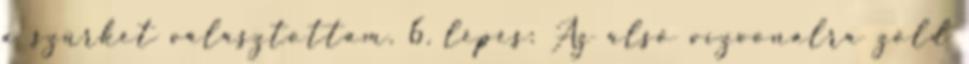
a szürkét választottam. 6. lépés: Az alsó vízvonalra zöld